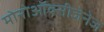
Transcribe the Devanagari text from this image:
मोनोऑक्सीजेनेज